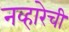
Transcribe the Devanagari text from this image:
नव्हारेची